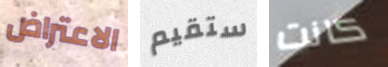
الاعتراض ستقيم كانت